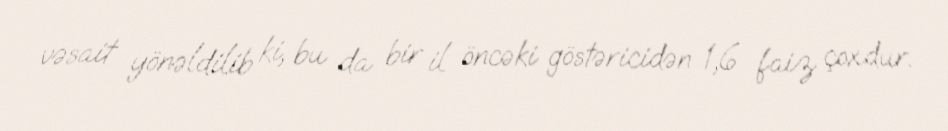
vəsait yönəldilib ki, bu da bir il öncəki göstəricidən 1,6 faiz çoxdur.